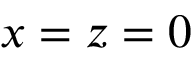
x = z = 0